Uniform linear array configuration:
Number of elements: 64
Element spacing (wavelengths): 0.25
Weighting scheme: kaiser
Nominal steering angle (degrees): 45
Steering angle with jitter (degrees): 46.446
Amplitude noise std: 0.05
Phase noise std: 0.05

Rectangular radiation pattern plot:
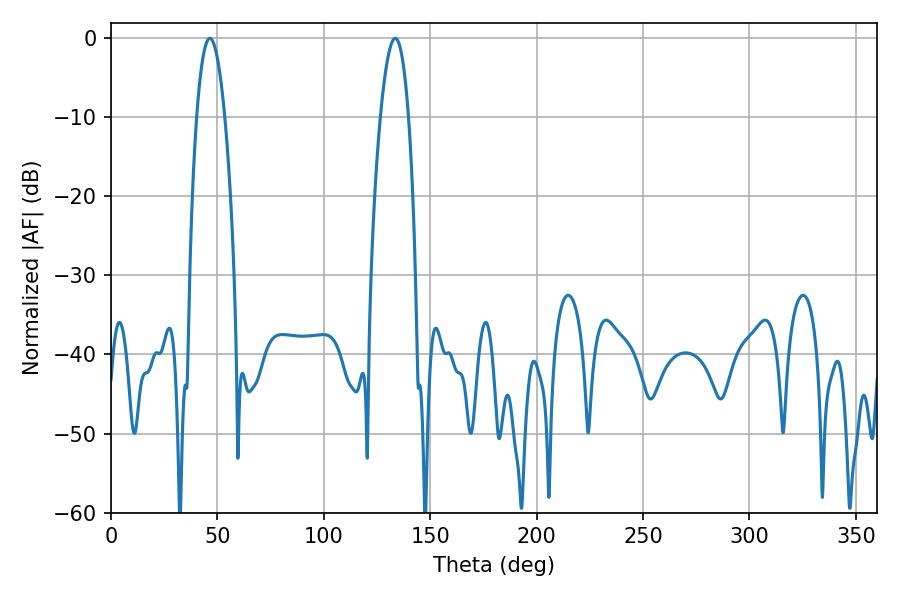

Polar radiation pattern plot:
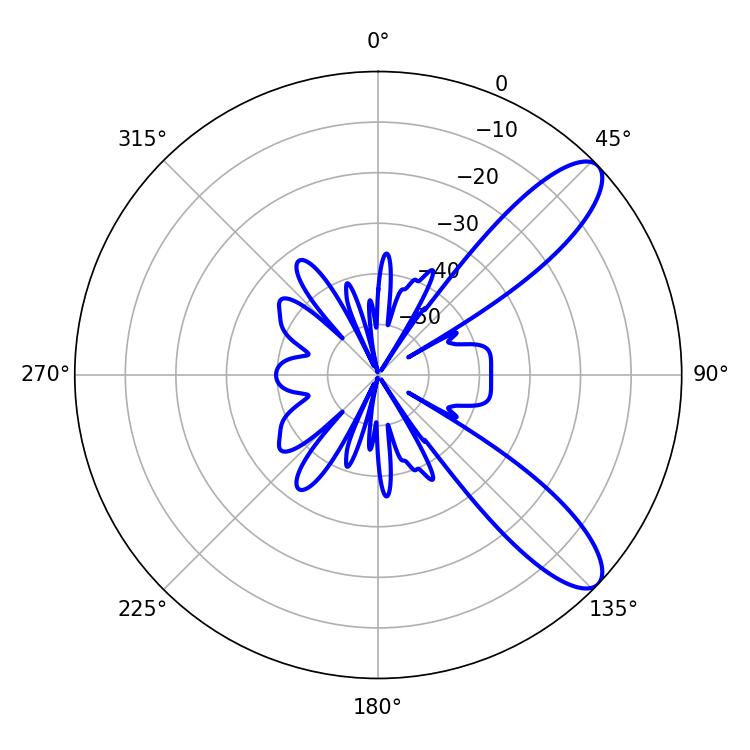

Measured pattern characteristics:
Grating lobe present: FALSE
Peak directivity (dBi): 10.033
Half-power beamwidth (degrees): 7.2
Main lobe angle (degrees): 46.44